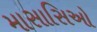
માસાસિઓ